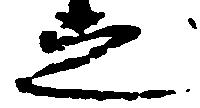
之